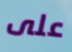
على